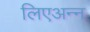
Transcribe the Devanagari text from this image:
लिएअन्न